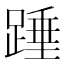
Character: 𮛺